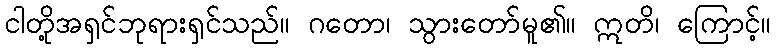
ငါတို့အရှင်ဘုရားရှင်သည်။ ဂတော၊ သွားတော်မူ၏။ ဣတိ၊ ကြောင့်။